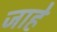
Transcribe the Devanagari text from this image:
जाहे